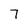
Character: 7